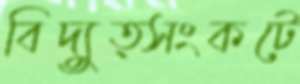
বিদ্যুত্সংকটে